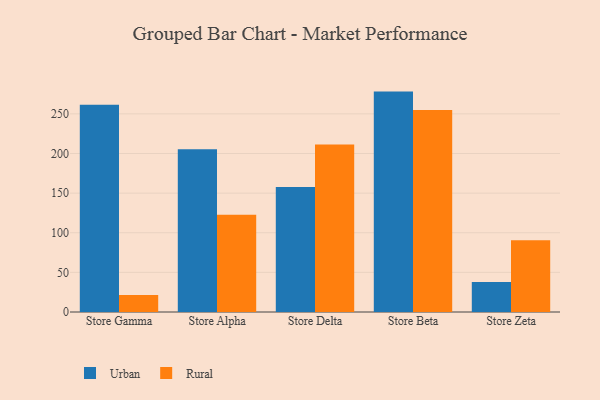
{"axis": {"x": "Store", "y": "Customer Acquisition Cost (USD)"}, "legend": ["Rural", "Urban"], "data": [{"x": "Store Gamma", "y": 261.6, "type": "Urban"}, {"x": "Store Gamma", "y": 21.4, "type": "Rural"}, {"x": "Store Alpha", "y": 205.5, "type": "Urban"}, {"x": "Store Alpha", "y": 122.6, "type": "Rural"}, {"x": "Store Delta", "y": 157.7, "type": "Urban"}, {"x": "Store Delta", "y": 211.4, "type": "Rural"}, {"x": "Store Beta", "y": 278.1, "type": "Urban"}, {"x": "Store Beta", "y": 255.0, "type": "Rural"}, {"x": "Store Zeta", "y": 37.8, "type": "Urban"}, {"x": "Store Zeta", "y": 90.6, "type": "Rural"}]}